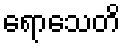
ရောသေတိ